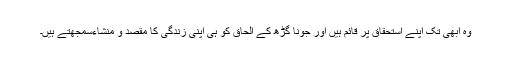
وہ ابھی تک اپنے استحقاق پر قائم ہیں اور جونا گڑھ کے الحاق کو ہی اپنی زندگی کا مقصد و منشاءسمجھتے ہیں۔